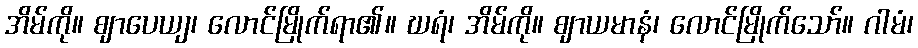
အိမ်ကို။ ဈာပေယျ၊ လောင်မြိုက်ရာ၏။ ဃရံ၊ အိမ်ကို။ ဈာယမာနံ၊ လောင်မြိုက်သော်။ ဂါမံ၊